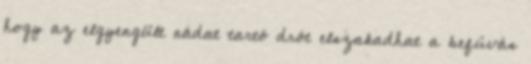
hogy az elgyengült nádat tartó drót elszakadhat a befúvás